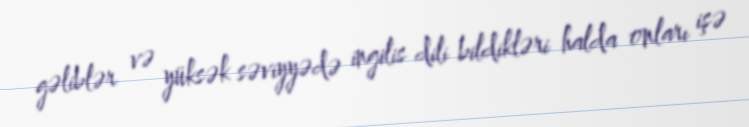
gəliblər və yüksək səviyyədə ingilis dili bildikləri halda onları işə